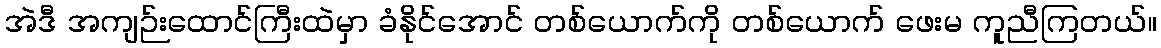
အဲဒီ အကျဉ်းထောင်ကြီးထဲမှာ ခံနိုင်အောင် တစ်ယောက်ကို တစ်ယောက် ဖေးမ ကူညီကြတယ်။